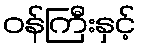
ဝန်ကြီးနှင့်